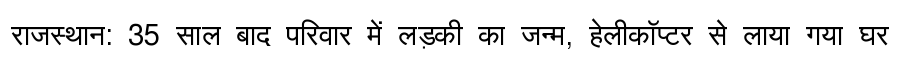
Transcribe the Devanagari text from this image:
राजस्थान: 35 साल बाद परिवार में लड़की का जन्म, हेलीकॉप्टर से लाया गया घर